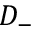
D _ { - }